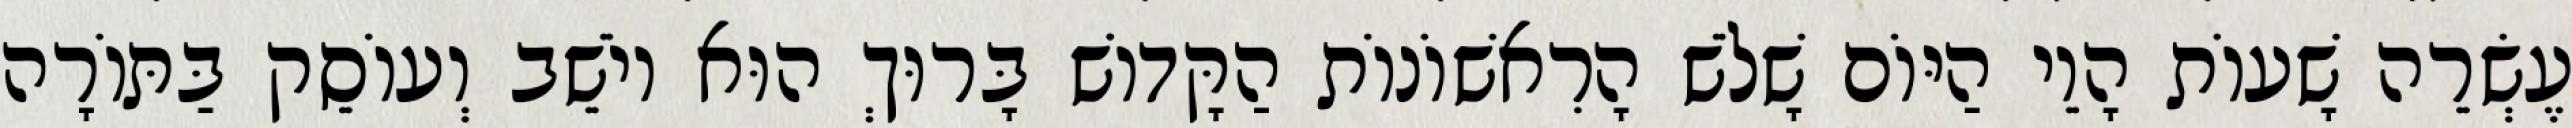
עֶשְׂרֵה שָׁעוֹת הָוֵי הַיּוֹם שָׁלֹשׁ הָרִאשׁוֹנוֹת הַקָּדוֹשׁ בָּרוּךְ הוּא יוֹשֵׁב וְעוֹסֵק בַּתּוֹרָה